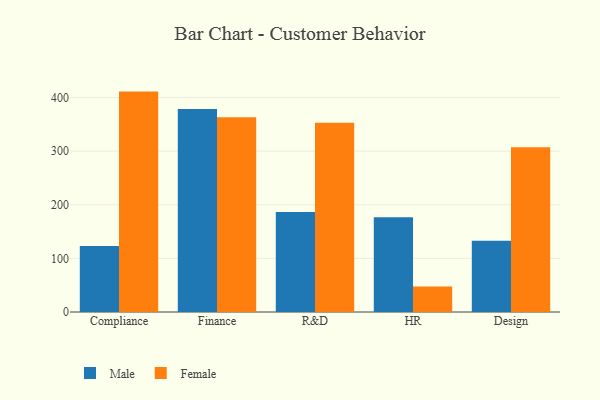
{"axis": {"x": "Department", "y": "Website Visitors"}, "legend": ["Female", "Male"], "data": [{"x": "Compliance", "y": 123.2, "type": "Male"}, {"x": "Compliance", "y": 411.0, "type": "Female"}, {"x": "Finance", "y": 378.7, "type": "Male"}, {"x": "Finance", "y": 363.4, "type": "Female"}, {"x": "R&D", "y": 186.4, "type": "Male"}, {"x": "R&D", "y": 353.1, "type": "Female"}, {"x": "HR", "y": 176.5, "type": "Male"}, {"x": "HR", "y": 47.4, "type": "Female"}, {"x": "Design", "y": 132.7, "type": "Male"}, {"x": "Design", "y": 307.2, "type": "Female"}]}